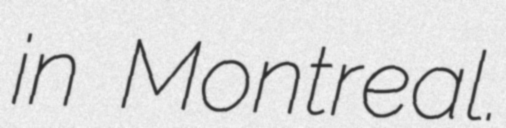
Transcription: in Montreal.